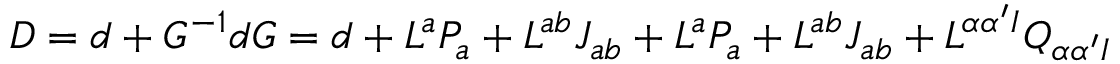
{ \cal D } = d + G ^ { - 1 } d G = d + L ^ { a } P _ { a } + L ^ { a b } J _ { a b } + L ^ { a } P _ { a } + L ^ { a b } J _ { a b } + L ^ { \alpha \alpha ^ { \prime } I } Q _ { \alpha \alpha ^ { \prime } I }